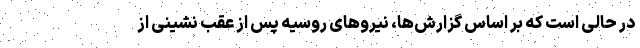
در حالی است که بر اساس گزارش‌ها، نیروهای روسیه پس از عقب نشینی از